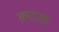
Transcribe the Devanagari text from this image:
क़तआ